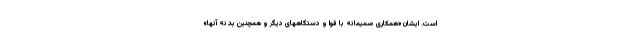
است. ایشان «همکاری صمیمانه با قوا و دستگاههای دیگر و همچنین بدنه آنها»